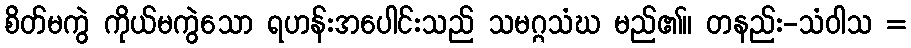
စိတ်မကွဲ ကိုယ်မကွဲသော ရဟန်းအပေါင်းသည် သမဂ္ဂသံဃ မည်၏။ တနည်း-သံဝါသ =